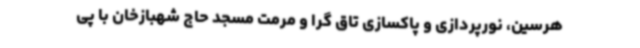
هرسین، نورپردازی و پاکسازی تاق گرا و مرمت مسجد حاج شهبازخان با پی